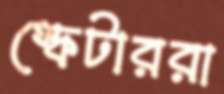
স্কেটাররা